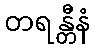
တရန္တီနံ